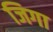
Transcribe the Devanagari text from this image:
जिगा